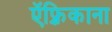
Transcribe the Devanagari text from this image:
ऍफ़्रिकाना